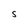
Character: S